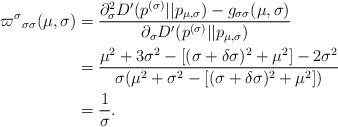
LaTeX: \begin{align*}{\varpi^\sigma}_{\sigma\sigma}(\mu,\sigma) &= \frac{\partial_\sigma^2 D^\prime(p^{(\sigma)}||p_{\mu,\sigma}) - g_{\sigma\sigma}(\mu,\sigma)}{\partial_\sigma D^\prime(p^{(\sigma)}||p_{\mu,\sigma})}\\&= \frac{\mu^2 + 3\sigma^2 - [(\sigma + \delta \sigma)^2 + \mu^2] -2\sigma^2}{\sigma(\mu^2 + \sigma^2 - [(\sigma+\delta \sigma)^2 + \mu^2])}\\&= \frac{1}{\sigma}.\end{align*}